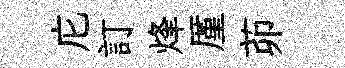
庀訂烽厪茆